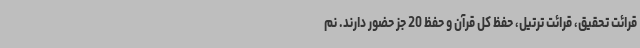
قرائت تحقیق، ‌قرائت ترتیل، حفظ کل قرآن و حفظ 20 جز حضور دارند. نم